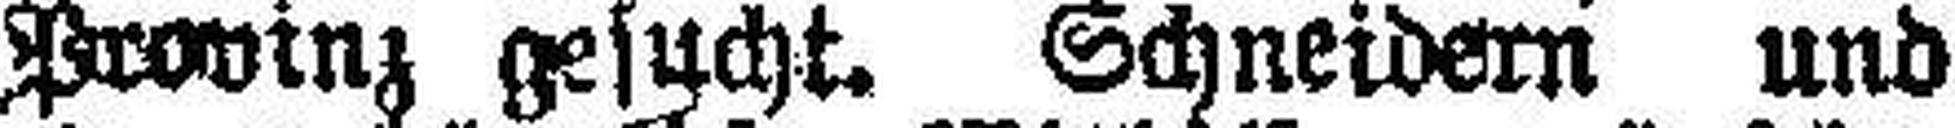
Provinz gesucht. Schneidern und